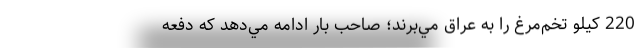
220 كيلو تخم‌مرغ را به عراق مي‌برند؛ صاحب بار ادامه مي‌دهد كه دفعه